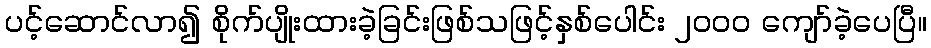
ပင့်ဆောင်လာ၍ စိုက်ပျိုးထားခဲ့ခြင်းဖြစ်သဖြင့်နှစ်ပေါင်း ၂ဝဝဝ ကျော်ခဲ့ပေပြီ။